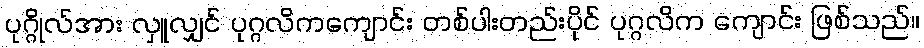
ပုဂ္ဂိုလ်အား လှူလျှင် ပုဂ္ဂလိကကျောင်း တစ်ပါးတည်းပိုင် ပုဂ္ဂလိက ကျောင်း ဖြစ်သည်။